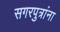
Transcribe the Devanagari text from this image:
सगरपुत्रांना